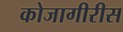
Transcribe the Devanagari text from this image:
कोजागीरीस